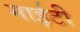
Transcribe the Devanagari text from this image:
माईटी